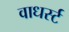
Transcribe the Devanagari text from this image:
वाधर्स्ट